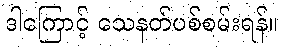
ဒါကြောင့် သေနတ်ပစ်စမ်းရန်။